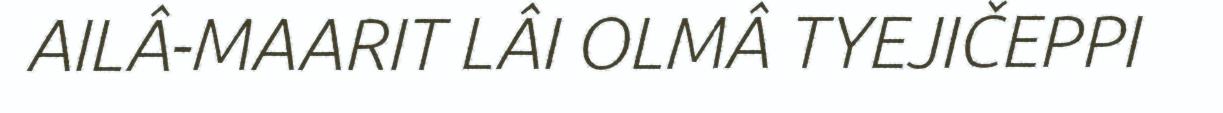
AILÂ-MAARIT LÂI OLMÂ TYEJIČEPPI